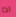
اذا